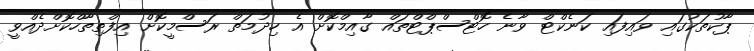
ޕާކުތަކުގައި ވައިފައި ކަނެކްޓް ވާނެ ހޮޓްސްޕްޓްތައް ގާއިމްކޮށް އެ ހިދުމަތް ރަސްމީކޮށް އިފްތިތާހްކޮށްދެއްވީ